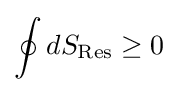
\oint dS_{\text{Res}}\geq 0